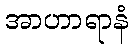
အာဟာရာနံ